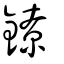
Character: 鐐